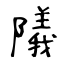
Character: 䧧